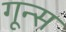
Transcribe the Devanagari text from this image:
गून्स